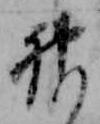
神